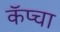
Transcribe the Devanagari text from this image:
कॅप्चा